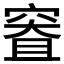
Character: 𰩐